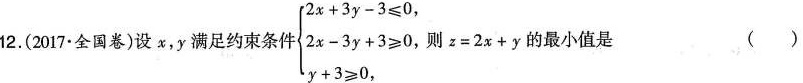
12.(2017全国券)设x,y满足约束条件\left\{\begin{matrixcases}2x+3y-3≤\\ 2x-3y+3≥0\\y+3≥0\end{matrixcases}\right.则z=2x+y的最小值是 ( )